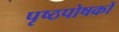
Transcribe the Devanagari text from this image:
पृष्ठपोषकों